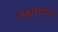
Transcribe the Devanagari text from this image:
नमुन्याला